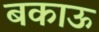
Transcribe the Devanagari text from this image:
बकाऊ